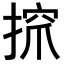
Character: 𢱑